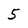
Character: 5